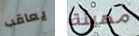
يعاقب مهينة